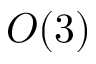
O ( 3 )